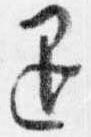
退